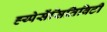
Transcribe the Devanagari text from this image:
ह्य्पेर्सेंसितिविटी